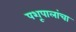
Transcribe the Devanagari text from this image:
पशूपालांचा